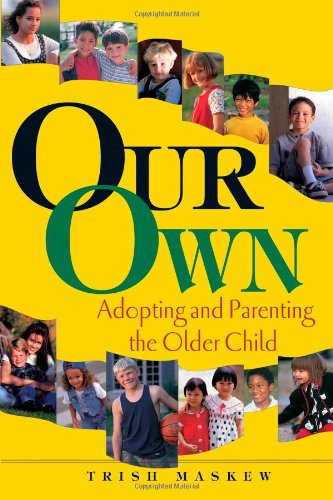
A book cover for Our Own: Adopting and Parenting the Older Child; Trish Maskew; Parenting & Relationships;